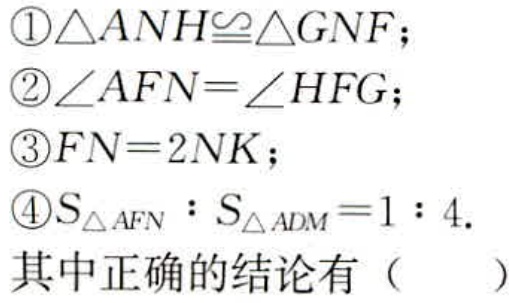
\textcircled{1}$\triangle ANH\cong\triangle GNF$；
\textcircled{2}$\angle AFN=\angle HFG$；
\textcircled{3}$FN = 2NK$；
\textcircled{4}$S_{\triangle AFN}:S_{\triangle ADM}=1:4$.
其中正确的结论有（  ）